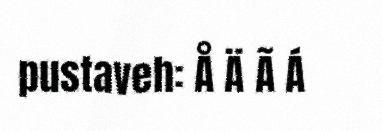
pustaveh: Å Ä Ã Á